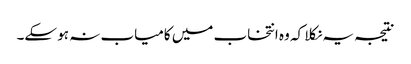
نتیجہ یہ نکلا کہ وہ انتخاب میں کامیاب نہ ہو سکے۔